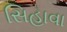
સિહાવા